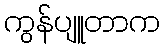
ကွန်ပျူတာက